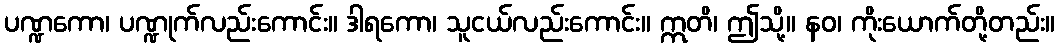
ပဏ္ဍကော၊ ပဏ္ဍုက်လည်းကောင်း။ ဒါရကော၊ သူငယ်လည်းကောင်း။ ဣတိ၊ ဤသို့။ နဝ၊ ကိုးယောက်တို့တည်း။